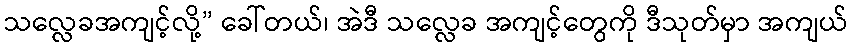
သလ္လေခအကျင့်လို့” ခေါ်တယ်၊ အဲဒီ သလ္လေခ အကျင့်တွေကို ဒီသုတ်မှာ အကျယ်